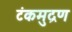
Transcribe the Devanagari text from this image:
टंकमुद्रण